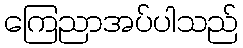
ကြေညာအပ်ပါသည်